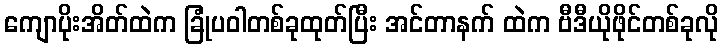
ကျောပိုးအိတ်ထဲက ခြုံပဝါတစ်ခုထုတ်ပြီး အင်တာနက် ထဲက ဗီဒီယိုဖိုင်တစ်ခုလို